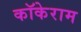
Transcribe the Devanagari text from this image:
कॉकेराम